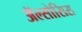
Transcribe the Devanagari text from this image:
ॲल्सोसिस